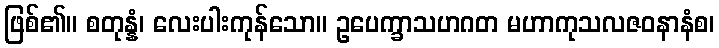
ဖြစ်၏။ စတုန္နံ၊ လေးပါးကုန်သော။ ဥပေက္ခာသဟဂတ မဟာကုသလဇဝနာနံစ၊